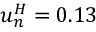
u _ { n } ^ { H } = 0 . 1 3